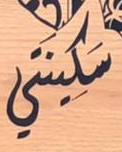
سكينتي